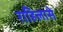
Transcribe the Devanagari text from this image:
राहिलासे